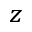
_ z